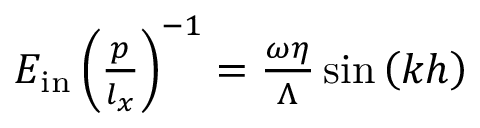
\begin{array} { r } { E _ { \mathrm { i n } } \left( \frac { p } { l _ { x } } \right) ^ { - 1 } = \frac { \omega \eta } { \Lambda } \sin \left( k h \right) } \end{array}